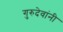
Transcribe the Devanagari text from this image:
गुरुदेवांनी